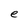
Character: e